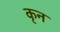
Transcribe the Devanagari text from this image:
कृन